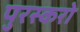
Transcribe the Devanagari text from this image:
पुरस्करो